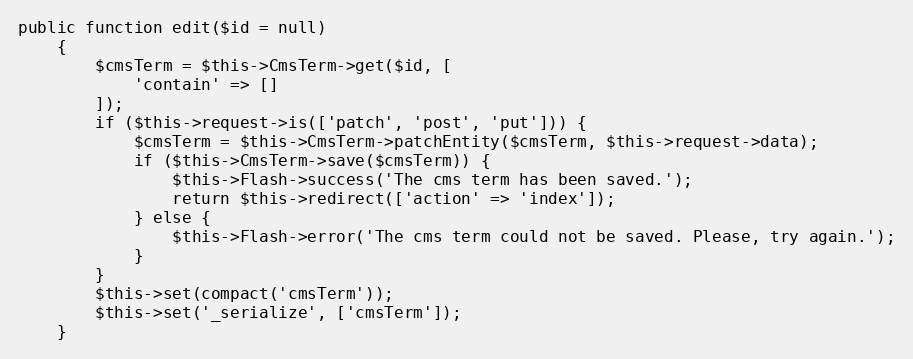
Language: PHP
public function edit($id = null)
    {
        $cmsTerm = $this->CmsTerm->get($id, [
            'contain' => []
        ]);
        if ($this->request->is(['patch', 'post', 'put'])) {
            $cmsTerm = $this->CmsTerm->patchEntity($cmsTerm, $this->request->data);
            if ($this->CmsTerm->save($cmsTerm)) {
                $this->Flash->success('The cms term has been saved.');
                return $this->redirect(['action' => 'index']);
            } else {
                $this->Flash->error('The cms term could not be saved. Please, try again.');
            }
        }
        $this->set(compact('cmsTerm'));
        $this->set('_serialize', ['cmsTerm']);
    }